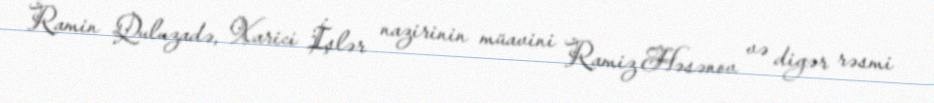
Ramin Quluzadə, Xarici İşlər nazirinin müavini Ramiz Həsənov və digər rəsmi